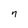
Character: n